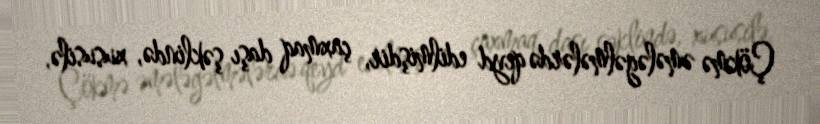
Çökmə əmələgəlmələrdə qeyd edilmişdir, çaxmaq daşı şəklində, xususilə,